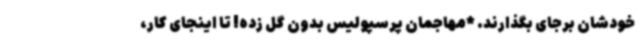
خودشان برجای بگذارند. *مهاجمان پرسپولیس بدون گل زده! تا اینجای کار،